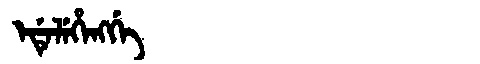
Manchu: ᡝᡩᡝᠯᡝᡥᡝᠩᡤᡝ
Romanization: EDELEHENGGE